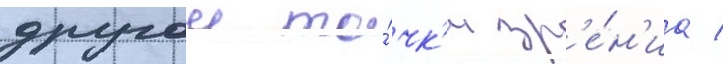
другои то́чк'и зр'е́н'иа /